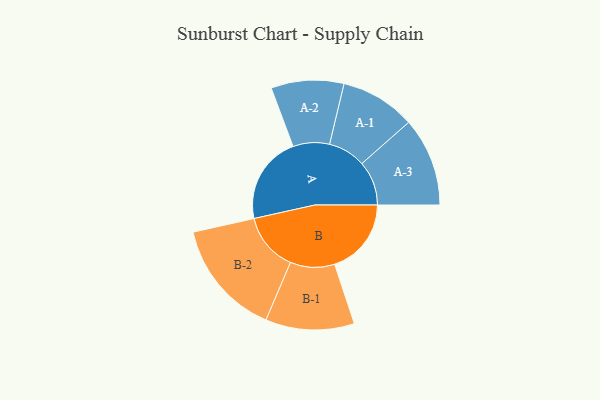
{"axis": {"x": "Segment", "y": "Value"}, "legend": ["", "A", "B"], "data": [{"x": "A", "y": 451, "type": ""}, {"x": "B", "y": 394, "type": ""}, {"x": "A-1", "y": 193, "type": "A"}, {"x": "A-2", "y": 187, "type": "A"}, {"x": "A-3", "y": 228, "type": "A"}, {"x": "B-1", "y": 228, "type": "B"}, {"x": "B-2", "y": 299, "type": "B"}]}